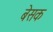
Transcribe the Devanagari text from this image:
बेसक